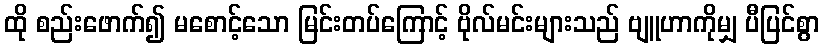
ထို စည်းဖောက်၍ မစောင့်သော မြင်းတပ်ကြောင့် ဗိုလ်မင်းများသည် ဗျူဟာကိုမျှ ပီပြင်စွာ